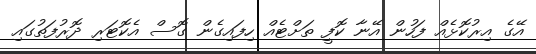
އޭގެ އިރުކޮޅެއް ފަހުން އޭނާ ކޮފީ ތަށްޓެއް ހިފައިގެން ގޮސް އެކޮޓަރި ދޮރުފަތުގައި